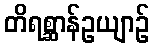
တိရစ္ဆာန်ဥယျာဉ်